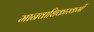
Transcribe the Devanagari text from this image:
मानवाधिकारकर्मी